Lunatic asylums Central Provinces reports 1874-1885 - 1874-1885
Year: 1874
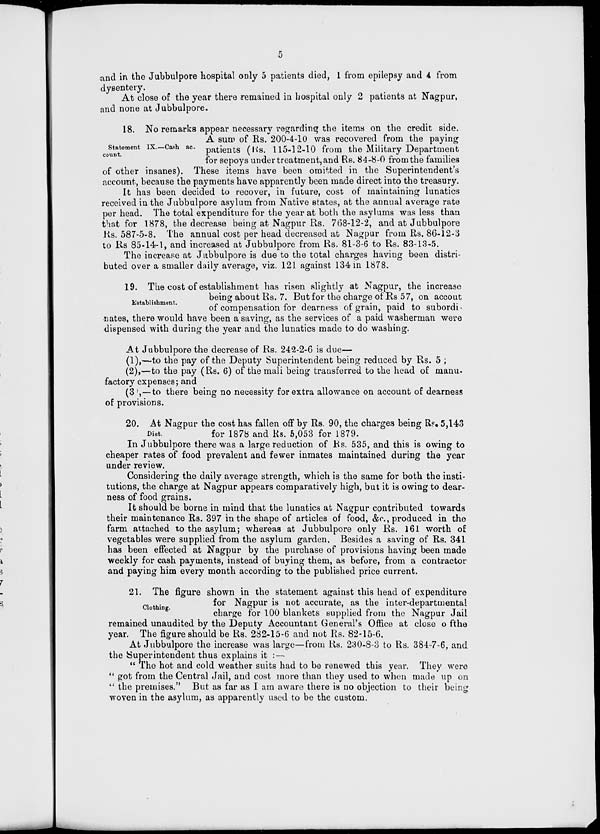
5
and in the Jubbulpore hospital only 5 patients died, 1 from epilepsy and 4 from
dysentery.
At close of the year there remained in hospital only 2 patients at Nagpur,
and none at Jubbulpore.
Statement IX.—Cash ac-
count.
18. No remarks appear necessary regarding the items on the credit side.
A sum of Rs. 200-4-10 was recovered from the paying
patients (Rs. 115-12-10 from the Military Department
for sepoys under treatment, and Rs. 84-8-0 from the families
of other insanes). These items have been omitted in the Superintendent's
account, because the payments have apparently been made direct into the treasury.
It has been decided to recover, in future, cost of maintaining lunatics
received in the Jubbulpore asylum from Native states, at the annual average rate
per head. The total expenditure for the year at both the asylums was less than
that for 1878, the decrease being at Nagpur Rs. 768-12-2, and at Jubbulpore
Rs. 587-5-8. The annual cost per head decreased at Nagpur from Rs. 86-12-3
to Rs 85-14-1, and increased at Jubbulpore from Rs. 81-3-6 to Rs. 83-13-5.
The increase at Jubbulpore is due to the total charges having been distri-
buted over a smaller daily average, viz. 121 against 134 in 1878.
Establishment.
19. The cost of establishment has risen slightly at Nagpur, the increase
being about Rs. 7. But for the charge of Rs 57, on accout
of compensation for dearness of grain, paid to subordi-
nates, there would have been a saving, as the services of a paid washerman were
dispensed with during the year and the lunatics made to do washing.
At Jubbulpore the decrease of Rs. 242-2-6 is due—
(1),—to the pay of the Deputy Superintendent being reduced by Rs. 5 ;
(2),—to the pay (Rs. 6) of the mali being transferred to the head of manu-
factory expenses; and
(3),—to there being no necessity for extra allowance on account of dearness
of provisions.
Diet.
20. At Nagpur the cost has fallen off by Rs. 90, the charges being Rs. 5,143
for 1878 and Rs. 5,053 for 1879.
In Jubbulpore there was a large reduction of Rs. 535, and this is owing to
cheaper rates of food prevalent and fewer inmates maintained during the year
under review.
Considering the daily average strength, which is the same for both the insti-
tutions, the charge at Nagpur appears comparatively high, but it is owing to dear-
ness of food grains.
It should be borne in mind that the lunatics at Nagpur contributed towards
their maintenance Rs. 397 in the shape of articles of food, &c., produced in the
farm attached to the asylum; whereas at Jubbulpore only Rs. 161 worth of
vegetables were supplied from the asylum garden. Besides a saving of Rs. 341
has been effected at Nagpur by the purchase of provisions having been made
weekly for cash payments, instead of buying them, as before, from a contractor
and paying him every month according to the published price current.
Clothing.
21. The figure shown in the statement against this head of expenditure
for Nagpur is not accurate, as the inter-departmental
charge for 100 blankets supplied from the Nagpur Jail
remained unaudited by the Deputy Accountant General's Office at close of the
year. The figure should be Rs. 282-15-6 and not Rs. 82-15-6.
At Jubbulpore the increase was large—from Rs. 230-8-3 to Rs. 384-7-6, and
the Superintendent thus explains it : —
" The hot and cold weather suits had to be renewed this year. They were
" got from the Central Jail, and cost more than they used to when made up on
" the premises." But as far as I am aware there is no objection to their being
woven in the asylum, as apparently used to be the custom.